Scottish Leaving Certificate Examination, 1957
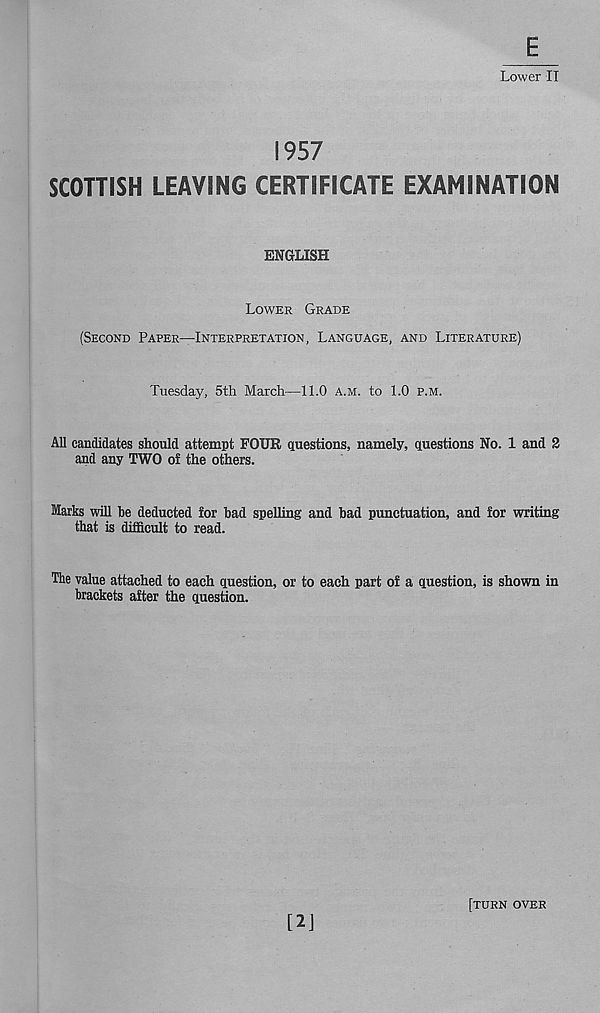
Lower II
1957
SCOTTISH LEAVING CERTIFICATE EXAMINATION
ENGLISH
LOWER GRADE
(SECOND PAPER—INTERPRETATION, LANGUAGE, AND LITERATURE)
Tuesday, 5th March—11.0 A.M. to 1.0 P.M.
All candidates should attempt FOUR questions, namely, questions No. 1 and 2
and any TWO of the others.
Marks will be deducted for bad spelling and bad punctuation, and for writing
that is difficult to read.
The value attached to each question, or to each part of a question, is shown in
brackets after the question.
[2]
[TURN OVER